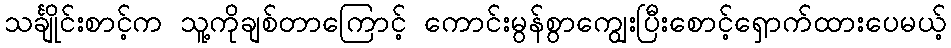
သင်္ချိုင်းစာင့်က သူ့ကိုချစ်တာကြောင့် ကောင်းမွန်စွာကျွေးပြီးစောင့်ရှောက်ထားပေမယ့်